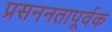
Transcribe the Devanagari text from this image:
प्रसननतापूर्वक